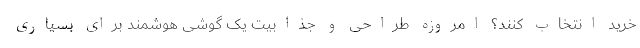
خرید انتخاب کنند؟ امروزه طراحی و جذابیت یک گوشی هوشمند برای بسیاری